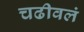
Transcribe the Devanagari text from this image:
चढीवलं